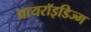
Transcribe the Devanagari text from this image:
थायरॉइडिज्म